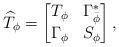
LaTeX: \begin{align*}\widehat{T}_{\phi}=\begin{bmatrix}T_\phi& {\Gamma^{*}_{\bar{\phi}}}\\ \Gamma_\phi & S_\phi\end{bmatrix},\end{align*}